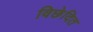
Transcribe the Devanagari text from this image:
विछेदित